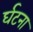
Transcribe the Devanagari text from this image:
र्घटना